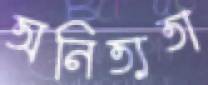
অনিত্যতা